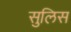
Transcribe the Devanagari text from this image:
सुलिस